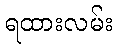
ရထားလမ်း